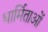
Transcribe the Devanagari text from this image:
धार्मिताओं